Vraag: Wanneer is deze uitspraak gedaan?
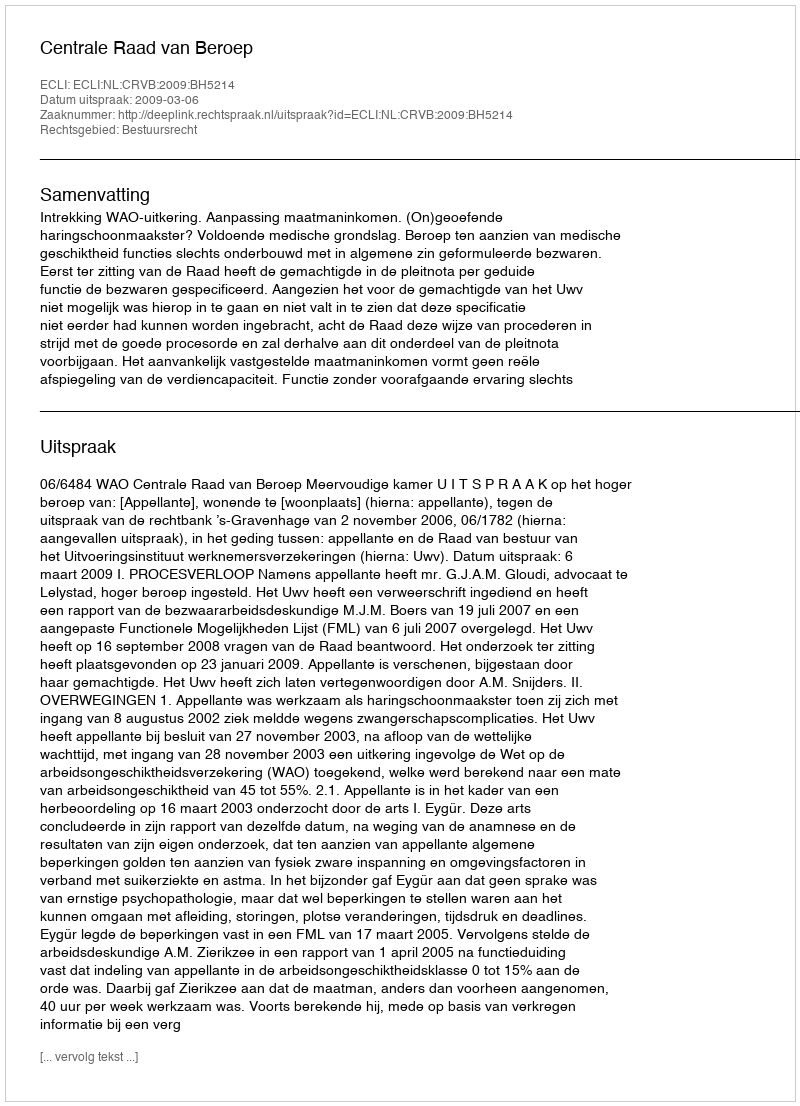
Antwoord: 2009-03-06